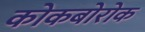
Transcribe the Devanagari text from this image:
कोकबोरोक